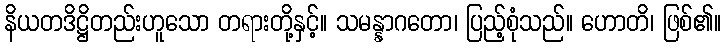
နိယတဒိဋ္ဌိတည်းဟူသော တရားတို့နှင့်။ သမန္နာဂတော၊ ပြည့်စုံသည်။ ဟောတိ၊ ဖြစ်၏။